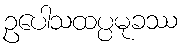
ဥပေါသထပ္ပမုခဿ